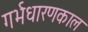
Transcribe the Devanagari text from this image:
गर्भधारणकाल